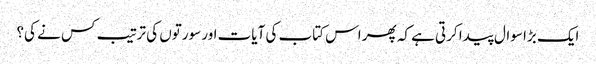
ایک بڑا سوال پیدا کرتی ہے کہ پھر اس کتاب کی آیات اور سورتوں کی ترتیب کس نے کی؟